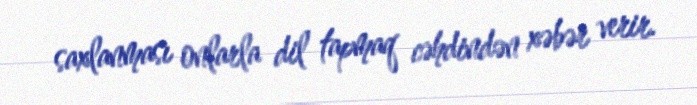
saxlanması onlarla dil tapmaq cəhdindən xəbər verir.